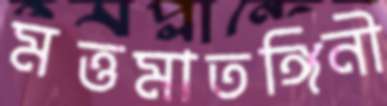
মত্তমাতঙ্গিনী